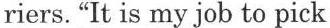
riers. "It is my job to pick